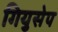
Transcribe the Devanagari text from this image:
गियुसेप